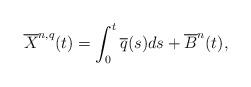
LaTeX: \begin{align*}\overline{X}^{n,q}(t) = \int_0^t\overline{q}(s)ds + \overline{B}^n(t),\end{align*}